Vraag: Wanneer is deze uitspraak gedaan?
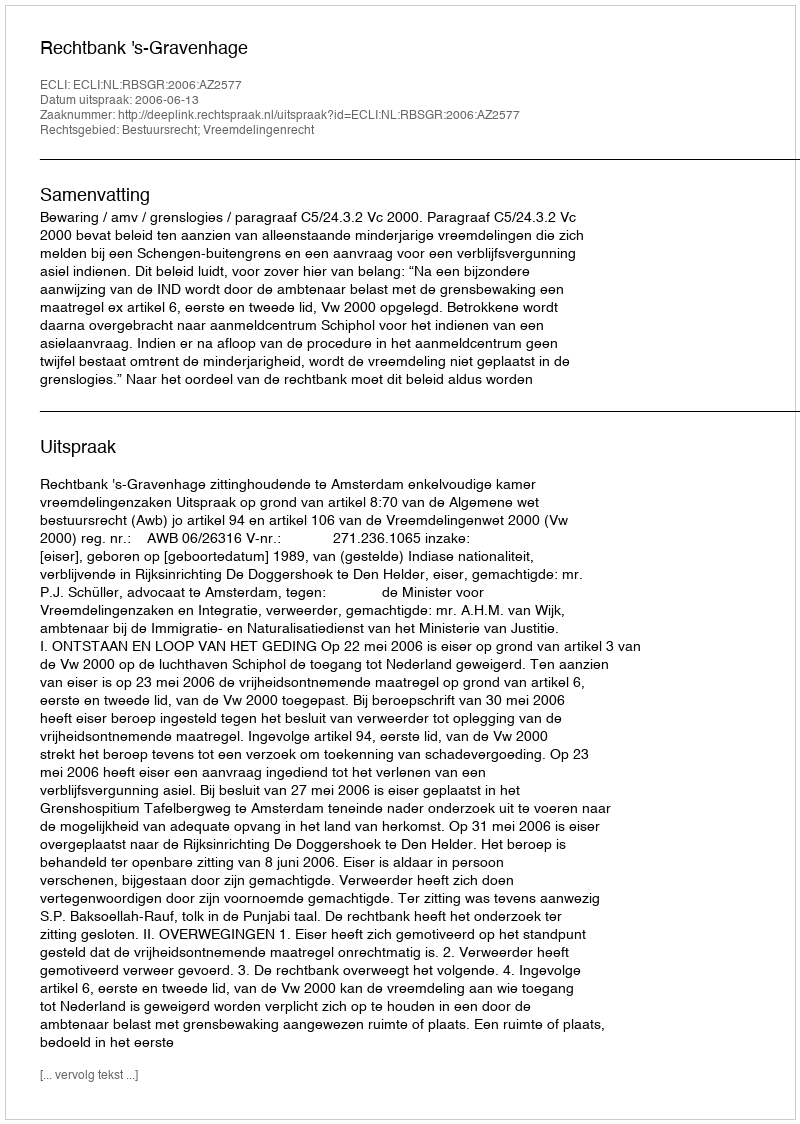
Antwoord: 2006-06-13